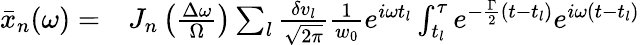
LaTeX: \begin{array}{rl}{\bar{x}_{n}(\omega)=}&{{}J_{n}\left(\frac{\Delta\omega}{\Omega}\right)\sum_{l}\frac{\delta v_{l}}{\sqrt{2\pi}}\frac{1}{w_{0}}e^{i\omega t_{l}}\int_{t_{l}}^{\tau}e^{-\frac{\Gamma}{2}\left(t-t_{l}\right)}e^{i\omega\left(t-t_{l}\right)}}\end{array}